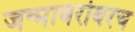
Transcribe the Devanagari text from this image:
जन्माबरोबरच